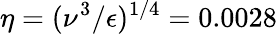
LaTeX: \eta=(\nu^{3}/\epsilon)^{1/4}=0.0028